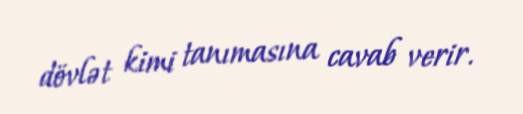
dövlət kimi tanımasına cavab verir.